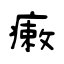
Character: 瘷